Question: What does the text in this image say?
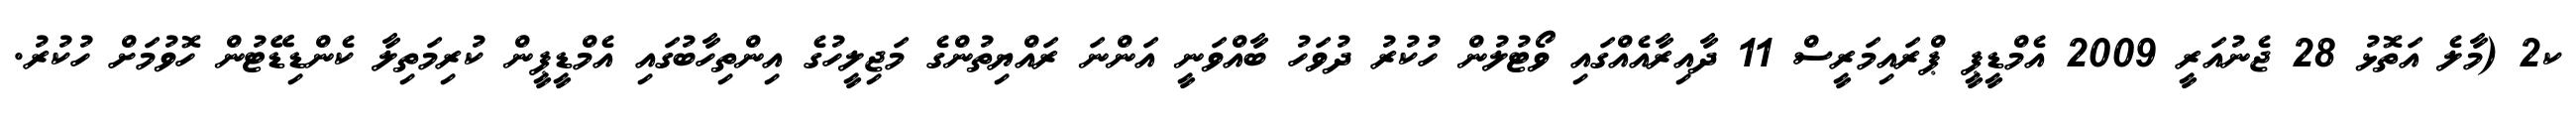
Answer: ކ2 (މާލެ އަތޮޅު 28 ޖެނުއަރީ 2009 އެމްޑީޕީ ޕްރައިމަރީސް 11 ދާއިރާއެއްގައި ވޯޓުލުން ހުކުރު ދުވަހު ބާއްވަނީ އަންނަ ރައްޔިތުންގެ މަޖިލީހުގެ އިންތިހާބުގައި އެމްޑީޕީން ކުރިމަތިލާ ކެންޑިޑޭޓުން ހޮވުމަށް ހުކުރު.